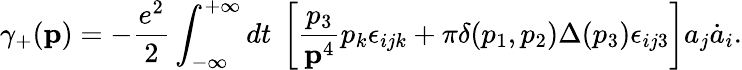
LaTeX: \gamma_{+}({\mathbf p})=-\frac{e^{2}}{2}\int_{-\infty}^{+\infty}dt~\left[\frac{p_{3}}{{\mathbf p}^{4}}p_{k}\epsilon_{ijk}+\pi\delta(p_{1},p_{2})\Delta(p_{3})\epsilon_{ij3}\right]a_{j}\dot{a}_{i}.